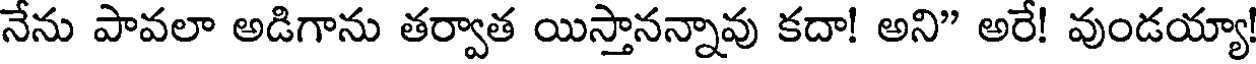
నేను పావలా అడిగాను తర్వాత యిస్తానన్నావు కదా! అని" అరే! వుండయ్యా